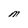
Character: M